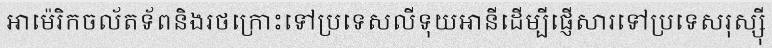
អាម៉េរិកចល័តទ័ពនិងរថក្រោះទៅប្រទេសលីទុយអានីដើម្បីផ្ញើសារទៅប្រទេសរុស្ស៊ី